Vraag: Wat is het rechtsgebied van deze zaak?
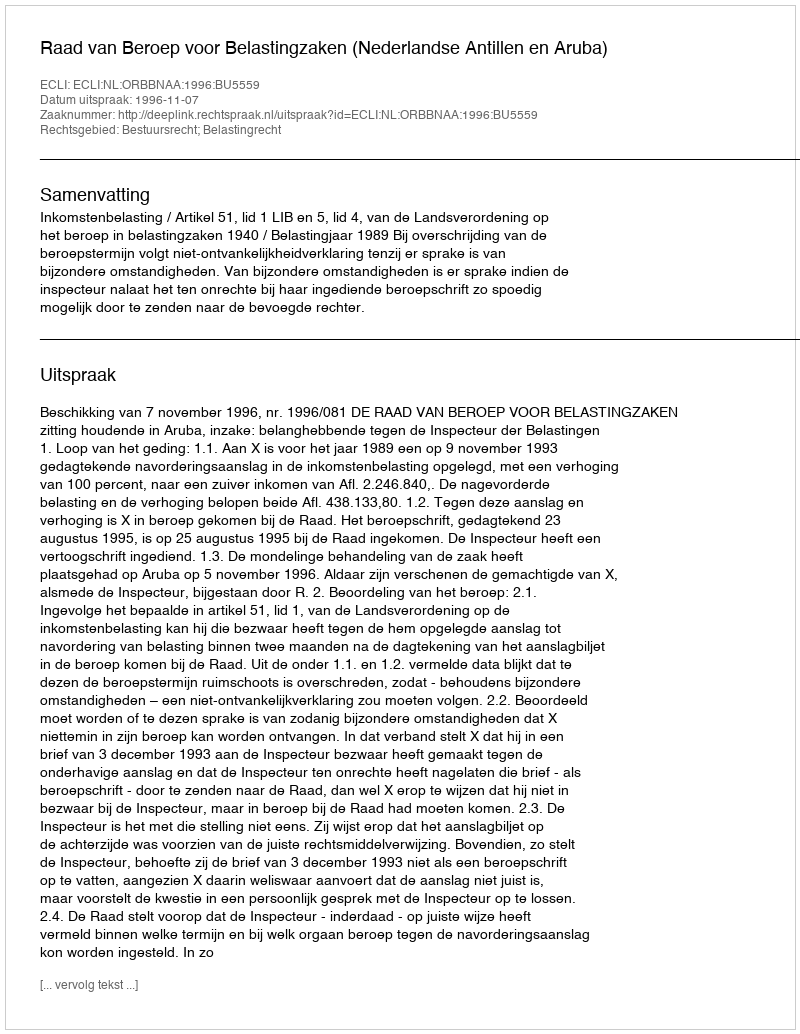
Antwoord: Bestuursrecht; Belastingrecht